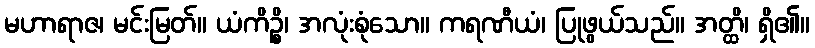
မဟာရာဇ၊ မင်းမြတ်။ ယံကိဉ္စိ၊ အလုံးစုံသော။ ကရဏီယံ၊ ပြုဖွယ်သည်။ အတ္ထိ၊ ရှိ၏။